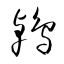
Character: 鵫